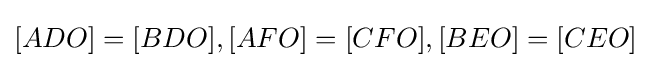
[ADO]=[BDO],[AFO]=[CFO],[BEO]=[CEO]